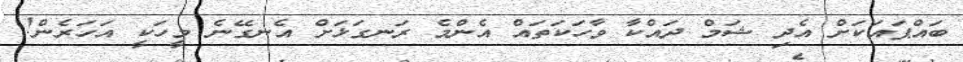
ބައްޕައަކަށް އެދި ޝަމް ދައްކާ ވާހަކަތައް އެންމެ ރަނގަޅަށް އެނގޭނެ މީހަކީ އަހަރެން!